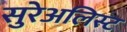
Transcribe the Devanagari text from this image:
सुरेअलिस्ट